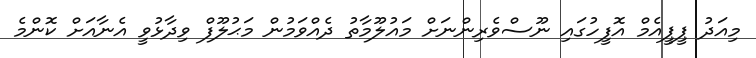
މިއަދު ޕީޕީއެމް އޮފީހުގައި ނޫސްވެރިންނަށް މައުލޫމާތު ދެއްވަމުން މަޙުލޫފް ވިދާޅުވީ އެނާއަށް ކޮންމެ